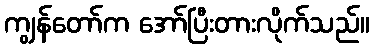
ကျွန်တော်က အော်ပြီးတားလိုက်သည်။